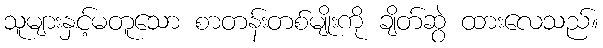
သူများနှင့်မတူသော စာတန်းတစ်မျိုးကို ချိတ်ဆွဲ ထားလေသည်။